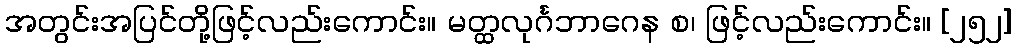
အတွင်းအပြင်တို့ဖြင့်လည်းကောင်း။ မတ္ထလုင်္ဂဘာဂေန စ၊ ဖြင့်လည်းကောင်း။ [၂၅၂]